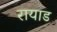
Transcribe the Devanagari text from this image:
रायाड